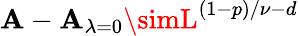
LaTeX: \mathbf{A}-\mathbf{A}_{\lambda=0}\simL^{(1-p)/\nu-d}